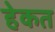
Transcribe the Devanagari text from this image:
हेकत